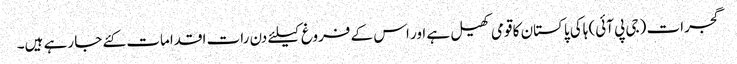
گجرات (جی پی آئی) ہاکی پاکستان کا قومی کھیل ہے اور اس کے فروغ کیلئے دن رات اقدامات کئے جا رہے ہیں۔